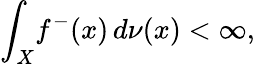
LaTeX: \int_{X}\! f^{-}(x)\, d\nu(x)<\infty,